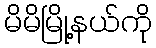
မိမိမြို့နယ်ကို